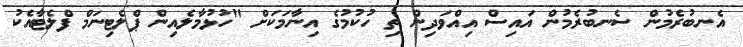
އެނބުރެމުން ސެނބުރެމުން އައިސް އިއްވަދިން ތި ހުކުމުގެ އިނާމަކަށް "ހުޅުމާލެއިން ޕްލެޓިނަމް ފްލެޓާއެކު